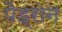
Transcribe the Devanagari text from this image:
पैड्रोन